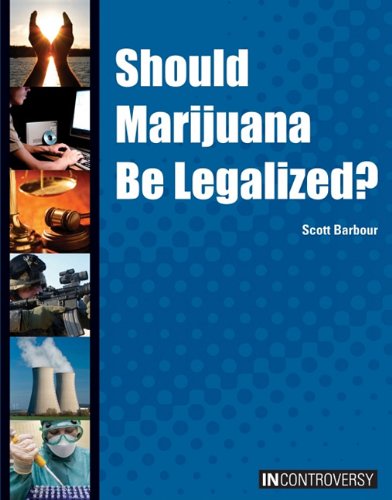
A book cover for Should Marijuana Be Legalized? (In Controversy); Scott Barbour; Teen & Young Adult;